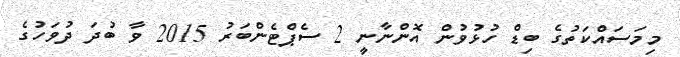
މިމަސައްކަތުގެ ބިޑް ހުޅުވުން އޮންނާނީ 2 ސެޕްޓެންބަރު 2015 ވާ ބުދަ ދުވަހުގެ